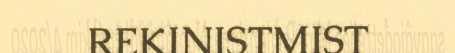
REKINISTMIST